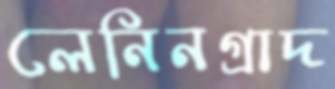
লেনিনগ্রাদ